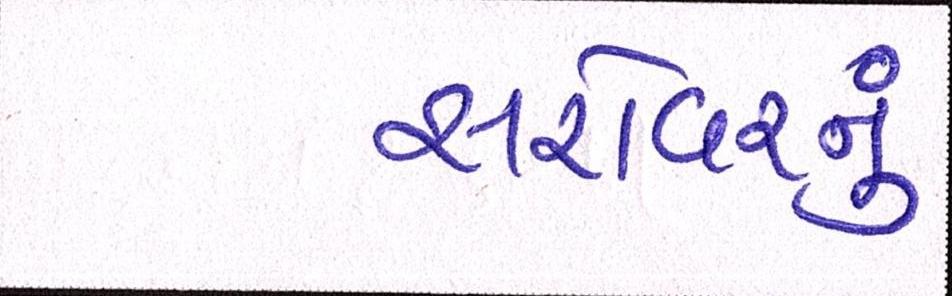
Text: સરોવરનું